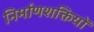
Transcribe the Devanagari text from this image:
निर्माणशक्तियों